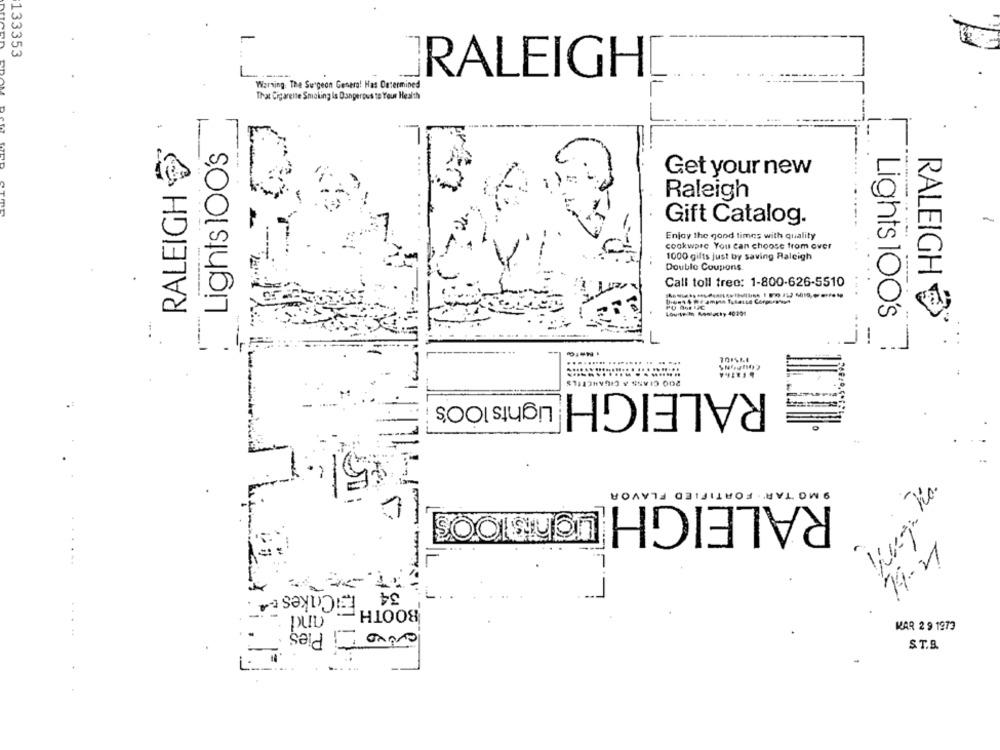
1
133353
RALEIGH
Warning: The Surgeon General Has Determined
That Cigarette Smoking Is Dangerous to Your Health
D
Lights 100's
Get your new
RALEIGH
Raleigh
Gift Catalog.
Enjoy the good times with quality
cookware You can choose from over
1000 gifts just by saving Raleigh
Double Coupons.
RALEIGH
Call toll tree: 1-800-626-5510
Loup In Romechy 40204
Lights 100's
=
......... ........ .... ...
RALEIGH
Lights 100's
9 MG TAR' . FORTIFIED FLAVOR
RALEIGH Lighisloos
14-1
ECakes
34
H1008
Que Pies
pub
KAR 2 9 1973
ST.R